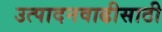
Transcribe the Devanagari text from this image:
उत्पादनवाढीसाठी